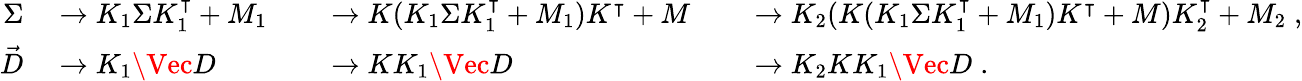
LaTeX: \begin{array}{rlrlrl}{\Sigma}&{{}\rightarrow K_{1}\Sigma K_{1}^{\intercal}+M_{1}}&{}&{{}\rightarrow K(K_{1}\Sigma K_{1}^{\intercal}+M_{1})K^{\intercal}+M}&{}&{{}\rightarrow K_{2}(K(K_{1}\Sigma K_{1}^{\intercal}+M_{1})K^{\intercal}+M)K_{2}^{\intercal}+M_{2}\; ,}\\ {\vec{D}}&{{}\rightarrow K_{1}\Vec{D}}&{}&{{}\rightarrow KK_{1}\Vec{D}}&{}&{{}\rightarrow K_{2}KK_{1}\Vec{D}\; .}\end{array}